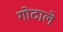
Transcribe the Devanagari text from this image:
गोठाले